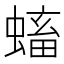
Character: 𧏷